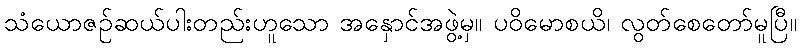
သံယောဇဉ်ဆယ်ပါးတည်းဟူသော အနှောင်အဖွဲ့မှ။ ပဝိမောစယိ၊ လွတ်စေတော်မူပြီ။